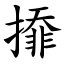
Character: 㩑